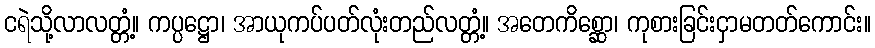
ငရဲသို့လာလတ္တံ့။ ကပ္ပဋ္ဌော၊ အာယုကပ်ပတ်လုံးတည်လတ္တံ့။ အတေကိစ္ဆော၊ ကုစားခြင်းငှာမတတ်ကောင်း။